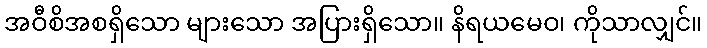
အဝီစိအစရှိသော များသော အပြားရှိသော။ နိရယမေဝ၊ ကိုသာလျှင်။